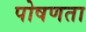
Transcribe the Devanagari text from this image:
पोषणता